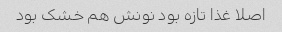
اصلا غذا تازه بود نونش هم خشک بود